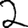
Digit: 2